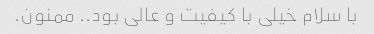
با سلام خیلی با کیفیت و عالی بود.. ممنون.